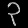
Digit: ၃